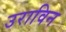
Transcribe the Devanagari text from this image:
उराविन